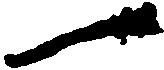
一